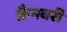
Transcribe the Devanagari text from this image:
क्रैनबरी